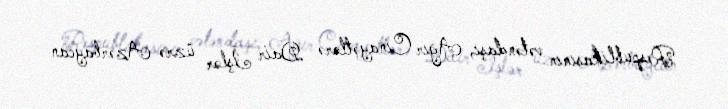
Respublikasının vətəndaşı, Ağır Cinayətlərə Dair İşlər üzrə Azərbaycan